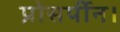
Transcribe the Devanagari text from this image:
प्रोसर्पीन।